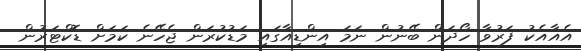
އެއާއެކު ފަރުވާ ހޯދަން ބޭނުން ނަމަ އިންޑިއާގައި މަޑުކުރަން ޖެހޭނެ ކަމަށް ޑޮކްޓަރުން